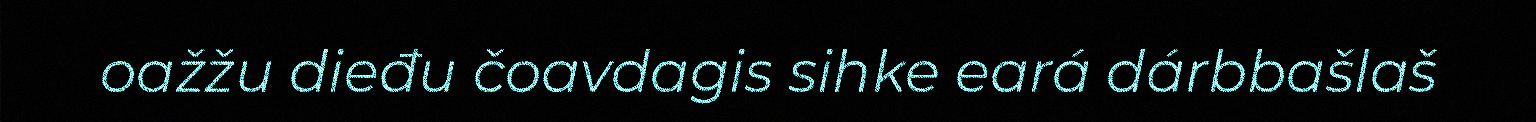
oažžu dieđu čoavdagis sihke eará dárbbašlaš